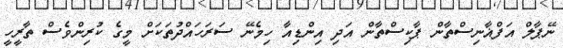
ނޭޕާލް އަފްޣާނިސްތާން ޕާކިސްތާން އަދި އިންޑިއާ ހިމެނޭ ސަރަހައްދުތަކަށް މީގެ ކުރިންވެސް ތާރީހީ